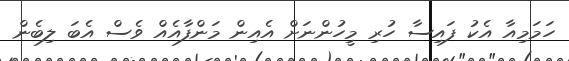
ހަމަމިއާ އެކު ފައިސާ ހުރި މީހުންނަށް އެއިން މަންފާއެއް ވެސް އެބަ ލިބެން